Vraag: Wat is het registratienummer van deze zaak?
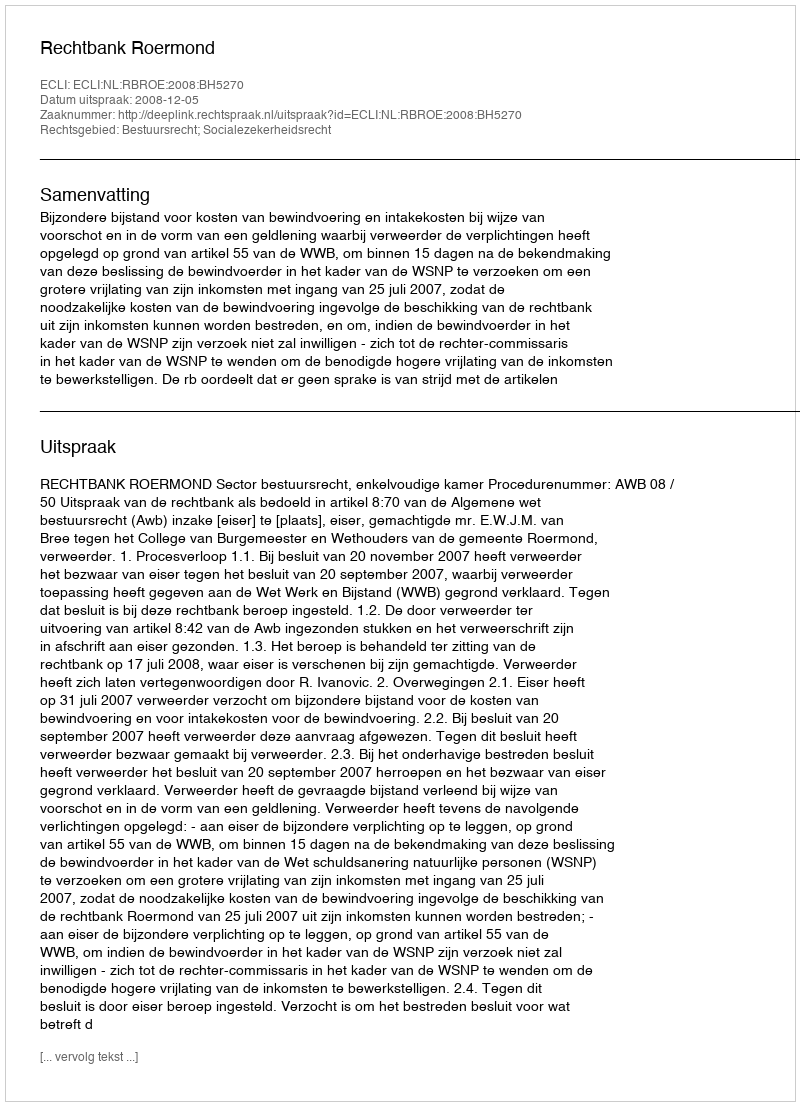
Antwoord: http://deeplink.rechtspraak.nl/uitspraak?id=ECLI:NL:RBROE:2008:BH5270